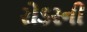
રોડરની